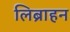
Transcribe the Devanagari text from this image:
लिब्राहन